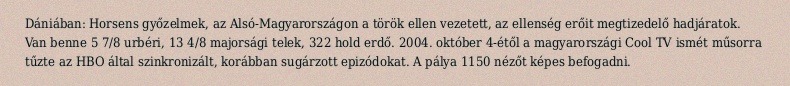
Dániában: Horsens győzelmek, az Alsó-Magyarországon a török ellen vezetett, az ellenség erőit megtizedelő hadjáratok. Van benne 5 7/8 urbéri, 13 4/8 majorsági telek, 322 hold erdő. 2004. október 4-étől a magyarországi Cool TV ismét műsorra tűzte az HBO által szinkronizált, korábban sugárzott epizódokat. A pálya 1150 nézőt képes befogadni.